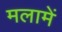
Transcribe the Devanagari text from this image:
मलामें